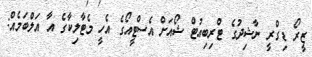
ޒީރޯ ޑިގްރީ ނާޝިދުގެ ޓްރިބިއުޓް ޝޯއަށް އެސްޓީއޯގެ އެހީ މެޓާލިކާގެ އާ އަލްބަމެއް: